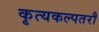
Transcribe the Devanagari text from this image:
कृत्यकल्पतरौ